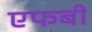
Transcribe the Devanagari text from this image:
एफबी